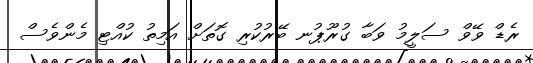
ރެޑް ވޭވް ސަލީމު ވަބާ ގުރޫޕުނ ބޭރުކުރި ގޮތަށް އަމިތު ކުއްޓި މެންވެސް